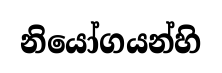
නියෝගයන්හි